Source: Handwritten
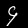
Digit: ၄ (4)